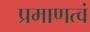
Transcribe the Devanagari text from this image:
प्रमाणत्वं